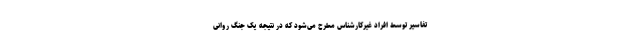
تفاسیر توسط افراد غیرکارشناس مطرح می‌شود که در نتیجه یک جنگ روانی